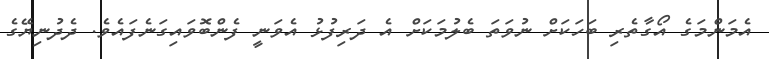
އެމަންމަގެ އޯގާތެރި ބަހަކަށް ނުވަތަ ބެލުމަކަށް އެ ދަރިފުޅު އެވަނީ ފެންބޮވައިގަނެފައެވެ. ދެދުނިޔޭގެ